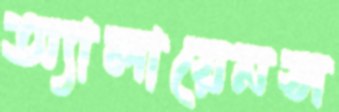
অ্যালায়েনস